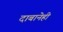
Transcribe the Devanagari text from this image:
दाबानेही